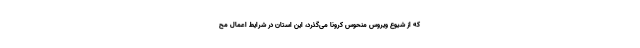
که از شیوع ویروس منحوس کرونا می‌گذرد، این استان در شرایط اعمال مح